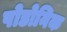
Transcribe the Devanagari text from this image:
पोडोनिक